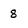
Character: 8